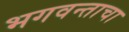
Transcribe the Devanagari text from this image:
भगवन्ताचा